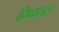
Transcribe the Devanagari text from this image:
हिप्पालस